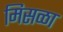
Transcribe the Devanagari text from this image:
मिसळा